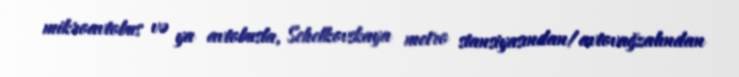
mikroavtobus və ya avtobusla, Schelkovskaya metro stansiyasından/avtovağzalından